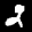
Label: 2